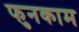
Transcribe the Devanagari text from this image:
फुनकाम